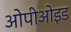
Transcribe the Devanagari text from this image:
ओपीओइड